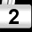
Digit: 2